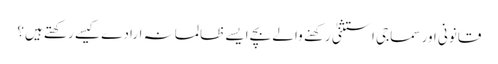
قانونی اور سماجی استثنیٰ رکهنے والے بچے ایسے ظالمانہ ارادے کیسے رکھتے ہیں؟